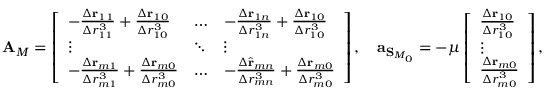
\mathbf { A } _ { M } = \left[ \begin{array} { l l l } { - \frac { \Delta \mathbf { r } _ { 1 1 } } { \Delta r _ { 1 1 } ^ { 3 } } + \frac { \Delta \mathbf { r } _ { 1 0 } } { \Delta r _ { 1 0 } ^ { 3 } } } & { \hdots } & { - \frac { \Delta \mathbf { r } _ { 1 n } } { \Delta r _ { 1 n } ^ { 3 } } + \frac { \Delta \mathbf { r } _ { 1 0 } } { \Delta r _ { 1 0 } ^ { 3 } } } \\ { \vdots } & { \ddots } & { \vdots } \\ { - \frac { \Delta \mathbf { r } _ { m 1 } } { \Delta r _ { m 1 } ^ { 3 } } + \frac { \Delta \mathbf { r } _ { m 0 } } { \Delta r _ { m 0 } ^ { 3 } } } & { \hdots } & { - \frac { \Delta \hat { \mathbf { r } } _ { m n } } { \Delta r _ { m n } ^ { 3 } } + \frac { \Delta \mathbf { r } _ { m 0 } } { \Delta r _ { m 0 } ^ { 3 } } } \end{array} \right] , \quad \mathbf { a } _ { \mathbf { S } _ { M _ { 0 } } } = - \mu \left[ \begin{array} { l } { \frac { \Delta \mathbf { r } _ { 1 0 } } { \Delta r _ { 1 0 } ^ { 3 } } } \\ { \vdots } \\ { \frac { \Delta \mathbf { r } _ { m 0 } } { \Delta r _ { m 0 } ^ { 3 } } } \end{array} \right] ,